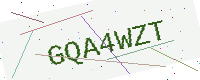
Text: GQA4WZT